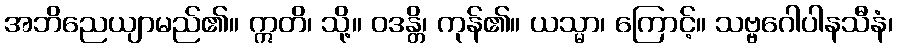
အဘိညေယျာမည်၏။ ဣတိ၊ သို့။ ဝဒန္တိ၊ ကုန်၏။ ယသ္မာ၊ ကြောင့်။ သဗ္ဗဂေါပါနသီနံ၊